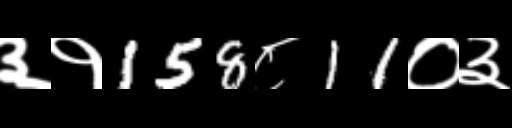
Text: ३१158८11०३